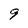
Character: 9